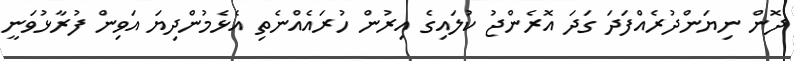
ދޮން ނިޔަންދުރެއްފަދަ ގަދަ އޮރެންޖު ކުލައިގެ އިރުން ހުރައެއްނެތި އެޅެމުންދިޔަ އަވިން ފުރާޅުވަނީ